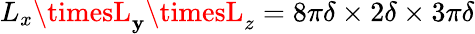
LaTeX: L_{x}\timesL_{\mathbf{y}}\timesL_{z}=8\pi\delta\times2\delta\times3\pi\delta